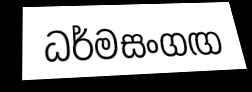
ධර්මසංගඟ